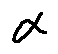
\alpha